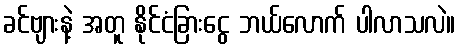
ခင်ဗျားနဲ့ အတူ နိုင်ငံခြားငွေ ဘယ်လောက် ပါလာသလဲ။